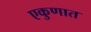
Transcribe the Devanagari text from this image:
एकुणात